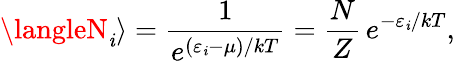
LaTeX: \langleN_{\mathit{i}}\rangle={\frac{{1}}{{e^{(\varepsilon_{\mathit{i}}-\mu)/kT}}}}={\frac{{N}}{{Z}}}\, e^{-\varepsilon_{\mathit{i}}/kT},